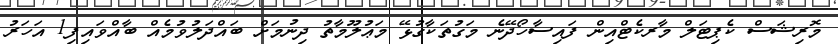
މޮރިޝަސް ކެޕިޓަލް މާރކެޓްއިން ފައިސާހޯދޭނެ މަގުތަކާގުޅޭ މަޢުލޫމާތު ދިނުމަށް ބައްދަލުވުމެއް ބާއްވައިފި1 އަހަރު